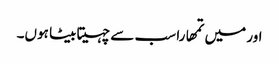
اور میں تمھارا سب سے چہیتا بیٹا ہوں۔